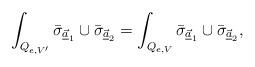
LaTeX: \begin{align*}\int_{Q_{e,V'}} \bar{\sigma}_{\underline{\vec{a}}_1} \cup \bar{\sigma}_{\underline{\vec{a}}_2}= \int_{Q_{e,V}} \bar{\sigma}_{\underline{\vec{a}}_1} \cup \bar{\sigma}_{\underline{\vec{a}}_2},\end{align*}